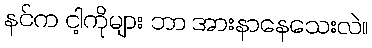
နင်က ငါ့ကိုများ ဘာ အားနာနေသေးလဲ။